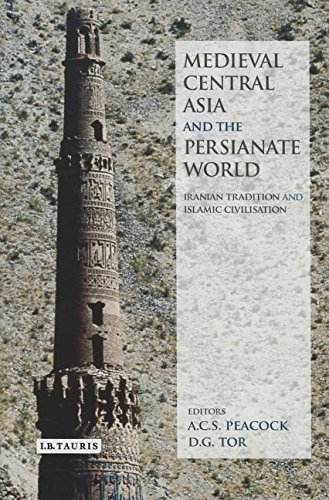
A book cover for Medieval Central Asia and the Persianate World: Iranian Tradition and Islamic Civilisation (I.B. Tauris & Bips Persian Studies); A.C.S. Peacock; History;